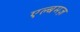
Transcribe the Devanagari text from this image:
एल्बमज़